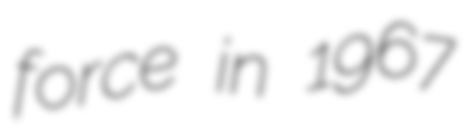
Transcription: force in 1967